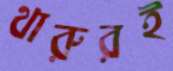
থারুরই